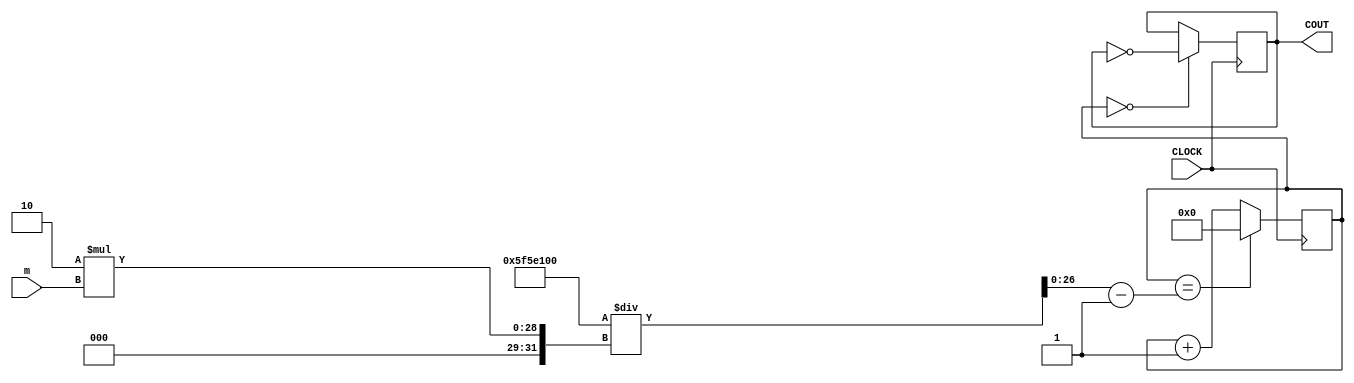
`timescale 1ns / 1ps
//////////////////////////////////////////////////////////////////////////////////
// Company: 
// Engineer: 
// 
// Design Name: 
// Module Name: clk
// Project Name: 
// Target Devices: 
// Tool Versions: 
// Description: 
// 
// Dependencies: 
// 
// Revision:
// Revision 0.01 - File Created
// Additional Comments:
// 
//////////////////////////////////////////////////////////////////////////////////


module clk (input CLOCK, input[26:0] m, output COUT);
    reg [26:0] COUNT = 0;
    reg C0 = 0;
    wire [26:0] n = (100000000 / (2 * m)) - 1;
    
    always @ (posedge CLOCK) begin
        COUNT <= (COUNT == n) ? 0 : COUNT + 1;
        C0 <= ( COUNT == 0 ) ? ~C0 : C0 ;
    end
    
    assign COUT = C0;
endmodule